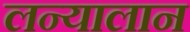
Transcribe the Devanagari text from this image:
लन्यालान